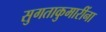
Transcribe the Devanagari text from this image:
सुगताकुमारींना